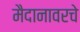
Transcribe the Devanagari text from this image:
मैदानावरचे